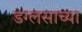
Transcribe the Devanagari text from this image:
डग्लसाच्या